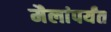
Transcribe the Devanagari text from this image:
मैलांपर्यंत